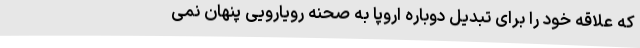
که علاقه خود را برای تبدیل دوباره اروپا به صحنه رویارویی پنهان نمی